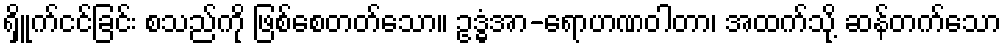
ရှိူက်ငင်ခြင်း စသည်ကို ဖြစ်စေတတ်သော။ ဥဒ္ဓံအာ-ရောဟဏဝါတာ၊ အထက်သို့ ဆန်တက်သော